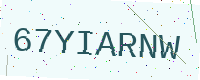
Text: 67YIARNW